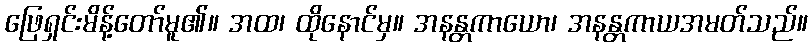
ဖြေရှင်းမိန့်တော်မူ၏။ အထ၊ ထိုနောင်မှ။ အနန္တကာယော၊ အနန္တကာယအမတ်သည်။